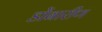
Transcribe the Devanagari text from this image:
डोंबारीण